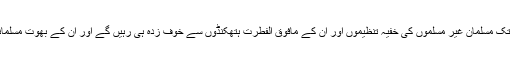
یہ راہ اختیار کئے جانے تک مسلمان غیر مسلموں کی خفیہ تنظیموں اور ان کے مافوق الفطرت ہتھکنڈوں سے خوف زدہ ہی رہیں گے اور ان کے بھوت مسلمانوں کو ڈراتے رہیں گے۔